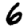
Digit: 6